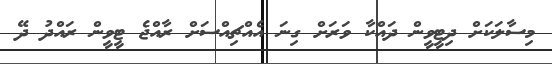
މިސާލަކަށް ދިޓީވީން ދައްކާ ވަރަށް ގިނަ އެއްޗިއްސަށް ރާއްޖެ ޓީވީން ރައްދު ދޭ